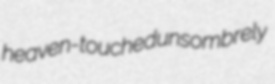
heaven-touched unsombrely